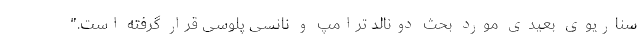
سناریوی بعیدی مورد بحث دونالد ترامپ و نانسی پلوسی قرار گرفته است."